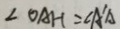
\angle O A H = \angle A ^ { \prime } A